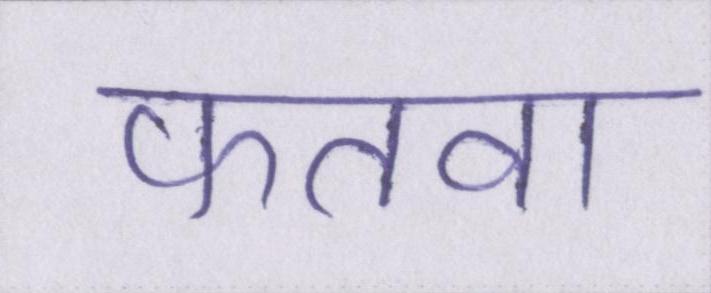
फतवा